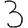
Digit: 3